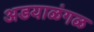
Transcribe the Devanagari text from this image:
अडयाळंगळ